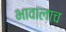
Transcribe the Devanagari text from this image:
भावालाच